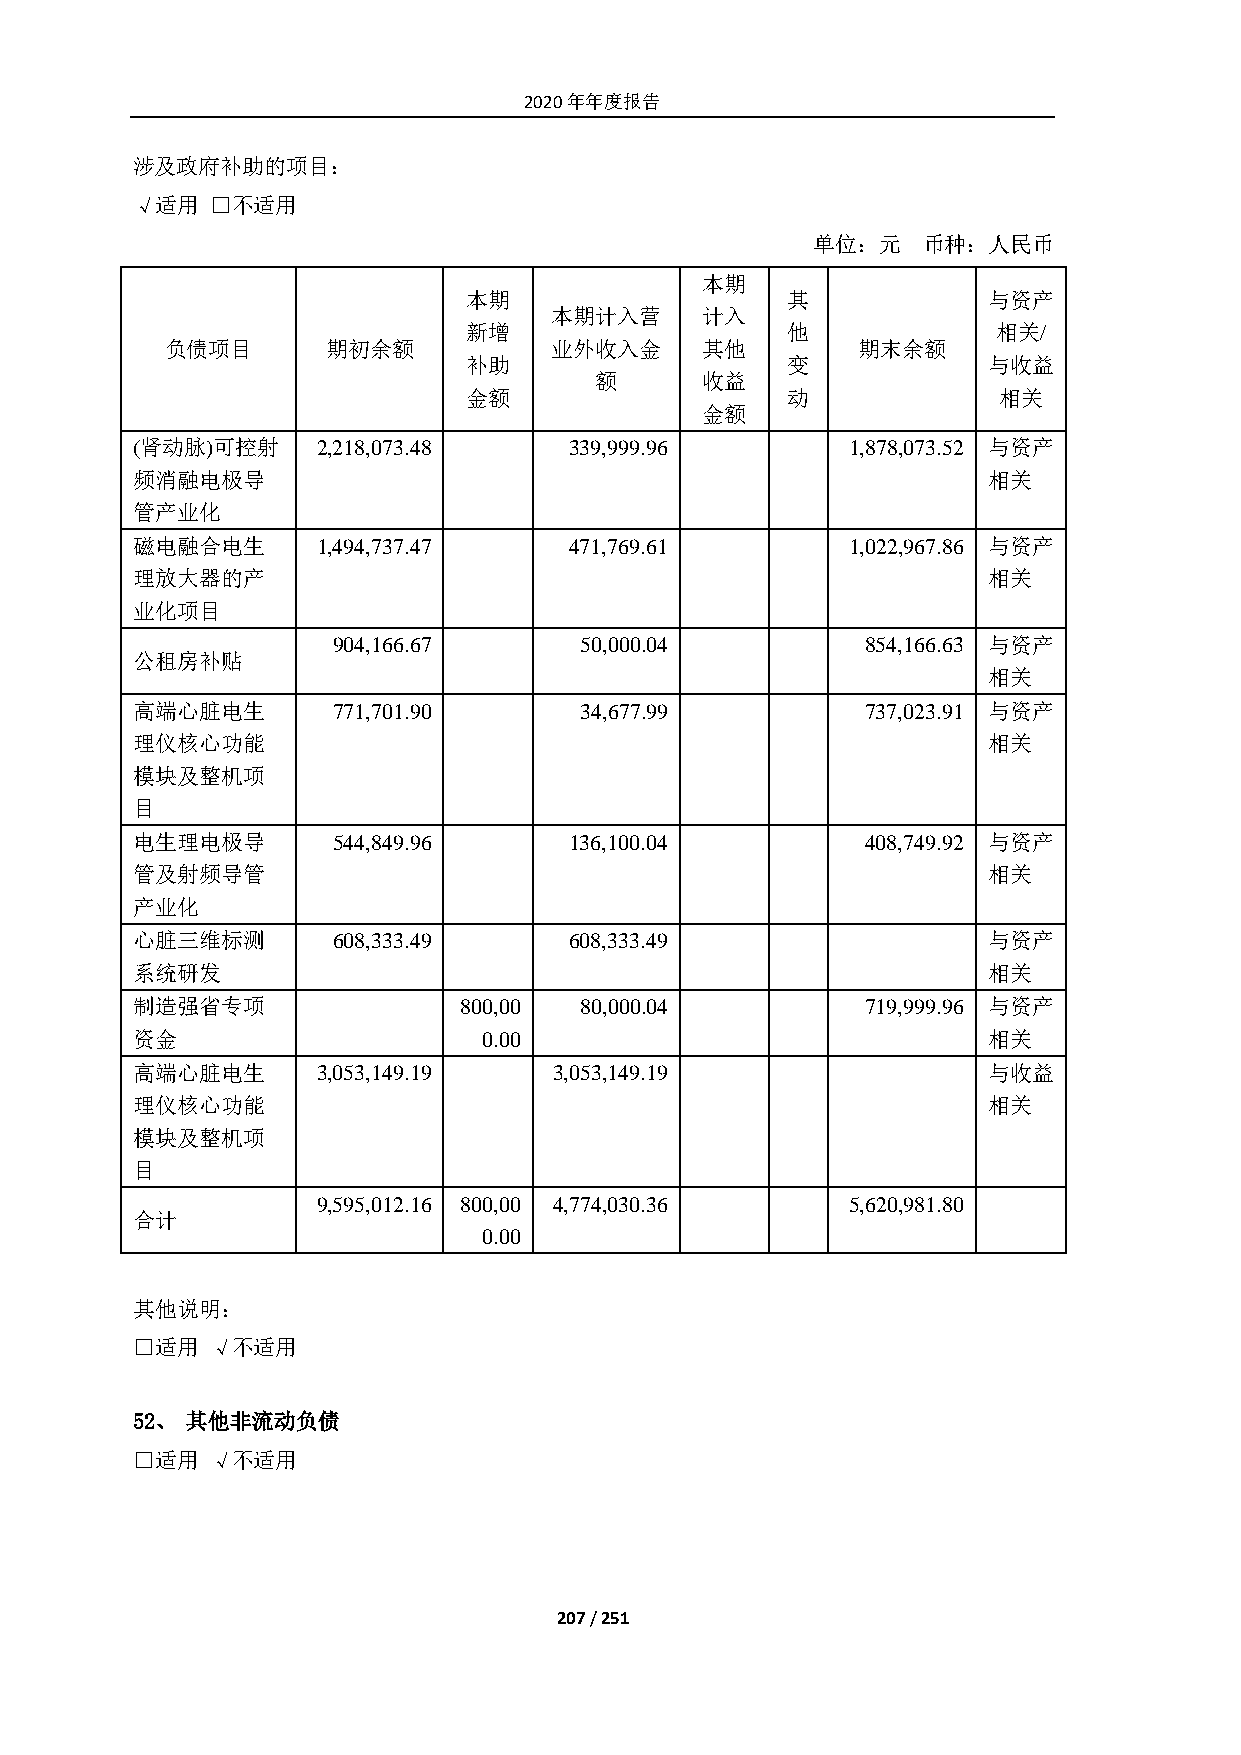
2020年年度报告
 涉及政府补助的项目：
 √适用  □不适用
 单位：元   币种：人民币
 本期
 本期                   其            与资产
 本期计入营     计入
 新增                   他             相关/
 负债项目       期初余额          业外收入金     其他         期末余额
 补助                   变            与收益
 额      收益
 金额                   动             相关
 金额
 (肾动脉)可控射    2,218,073.48     339,999.96        1,878,073.52 与资产
 频消融电极导                                                  相关
 管产业化
 磁电融合电生      1,494,737.47     471,769.61        1,022,967.86 与资产
 理放大器的产                                                  相关
 业化项目
 904,166.67      50,000.04          854,166.63 与资产
 公租房补贴
 相关
 高端心脏电生       771,701.90      34,677.99          737,023.91 与资产
 理仪核心功能                                                  相关
 模块及整机项
 目
 电生理电极导       544,849.96      136,100.04         408,749.92 与资产
 管及射频导管                                                  相关
 产业化
 心脏三维标测       608,333.49      608,333.49                 与资产
 系统研发                                                    相关
 制造强省专项               800,00  80,000.04          719,999.96 与资产
 资金                     0.00                             相关
 高端心脏电生      3,053,149.19    3,053,149.19                与收益
 理仪核心功能                                                  相关
 模块及整机项
 目
 9,595,012.16 800,00 4,774,030.36   5,620,981.80
 合计
 0.00
 其他说明：
 □适用  √不适用
 52、 其他非流动负债
 □适用  √不适用
 207 / 251